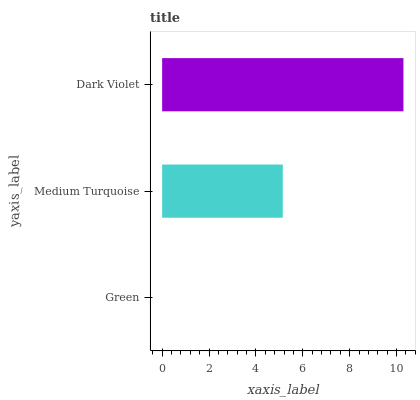
| yaxis_label | bars |
 | --- | --- |
 | Green | 0 |
 | Medium Turquoise | 5.15 |
 | Dark Violet | 10.3 |